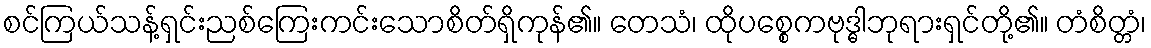
စင်ကြယ်သန့်ရှင်းညစ်ကြေးကင်းသောစိတ်ရှိကုန်၏။ တေသံ၊ ထိုပစ္စေကဗုဒ္ဓါဘုရားရှင်တို့၏။ တံစိတ္တံ၊